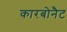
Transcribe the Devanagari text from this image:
कारबोनैट